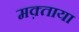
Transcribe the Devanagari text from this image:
मक़्ताया